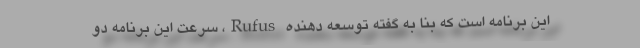
این برنامه است که بنا به گفته توسعه دهنده Rufus، سرعت این برنامه دو